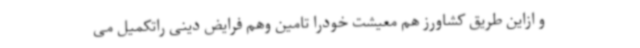
و ازاین طریق کشاورز هم معیشت خودرا تامین وهم فرایض دینی راتکمیل می